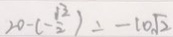
2 0 - ( - \frac { 1 3 } { 2 } ) = - 1 0 \sqrt { 2 }